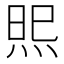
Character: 𭴫